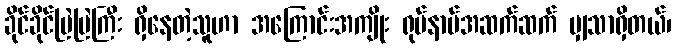
ခိုင်ခိုင်မြဲမြဲကြီး ရှိနေတဲ့သူဟာ အကြောင်းအကျိုး ရုပ်နာမ်အဆက်ဆက် မျှသာရှိတယ်၊